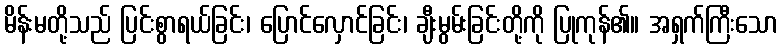
မိန်းမတို့သည် ပြင်းစွာရယ်ခြင်း၊ ပြောင်လှောင်ခြင်း၊ ချီးမွမ်းခြင်းတို့ကို ပြုကုန်၏။ အရှက်ကြီးသော